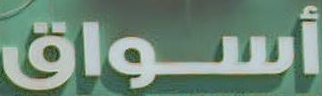
أسواق